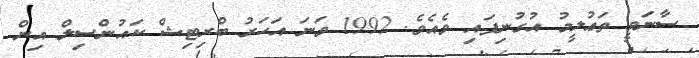
ސާނަވީ ތަޢުލީމު އުގުނިފައި ވެއެވެ. 1992 ވަނަ އަހަރު ބްރިޓިޝް ކައުންސިލް އިން